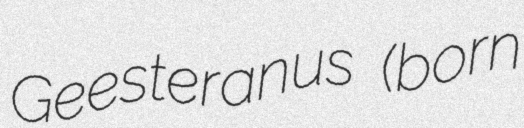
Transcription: Geesteranus (born